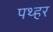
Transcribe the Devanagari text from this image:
पथ्हर